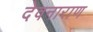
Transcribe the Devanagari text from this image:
देवनाराण